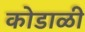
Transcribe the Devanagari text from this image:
कोडाळी